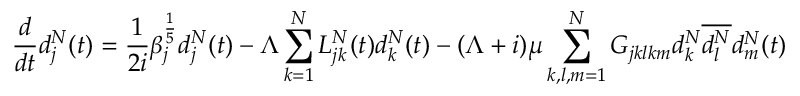
\frac { d } { d t } d _ { j } ^ { N } ( t ) = \frac { 1 } { 2 i } \beta _ { j } ^ { \frac { 1 } { 5 } } d _ { j } ^ { N } ( t ) - \Lambda \sum _ { k = 1 } ^ { N } L _ { j k } ^ { N } ( t ) d _ { k } ^ { N } ( t ) - ( \Lambda + i ) \mu \sum _ { k , l , m = 1 } ^ { N } G _ { j k l k m } d _ { k } ^ { N } \overline { { d _ { l } ^ { N } } } d _ { m } ^ { N } ( t )